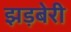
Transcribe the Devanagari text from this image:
झड़बेरी